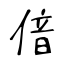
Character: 偣